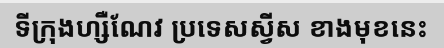
ទីក្រុងហ្សឺណែវ ប្រទេសស្វីស ខាងមុខនេះ